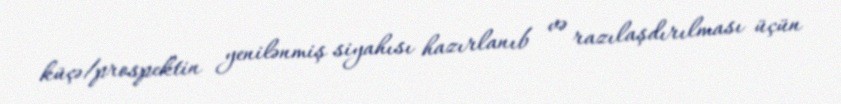
küçə/prospektin yenilənmiş siyahısı hazırlanıb və razılaşdırılması üçün